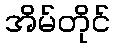
အိမ်တိုင်